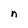
Character: n